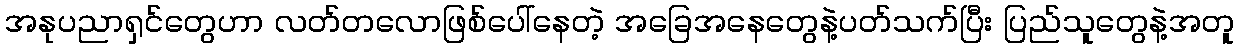
အနုပညာရှင်တွေဟာ လတ်တလောဖြစ်ပေါ်နေတဲ့ အခြေအနေတွေနဲ့ပတ်သက်ပြီး ပြည်သူတွေနဲ့အတူ